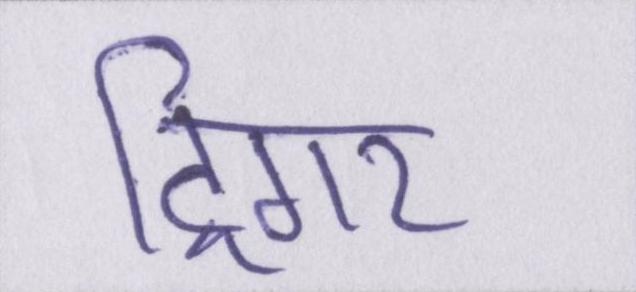
ट्रिगर